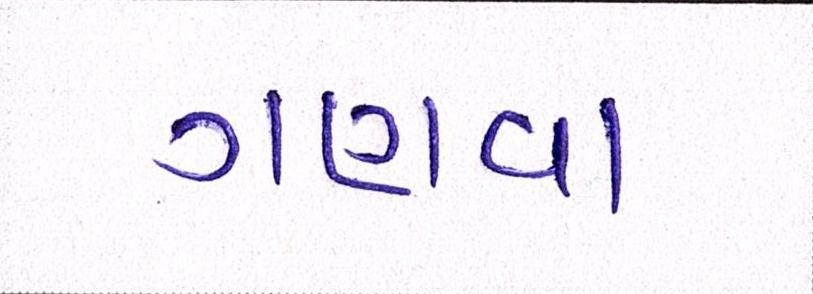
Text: ગણવા